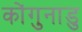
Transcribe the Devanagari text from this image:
कोंगुनाडु